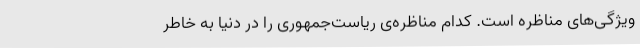
ویژگی‌های مناظره است. کدام مناظره‌ی ریاست‌جمهوری را در دنیا به خاطر